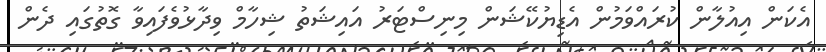
އެކަން އިއުލާން ކުރައްވަމުން އެޑިޔުކޭޝަން މިނިސްޓަރު އައިޝަތު ޝިހާމް ވިދާޅުވެފައިވާ ގޮތުގައި ދެން